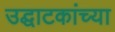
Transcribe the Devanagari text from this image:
उद्घाटकांच्या